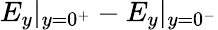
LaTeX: E_{y}|_{y=0^{+}}-E_{y}|_{y=0^{-}}